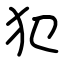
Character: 犯